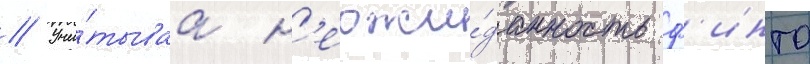
// Учи́тываа н'еожи́данность ф'инта